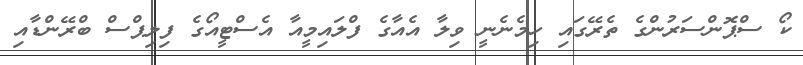
ކޯ ސްޕޮންސަރުންގެ ތެރޭގައި ހިމެނެނީ ވިލާ އެއާގެ ފްލައިމީއާ އެސްޓީއޯގެ ފިލިޕްސް ބްރޭންޑާއި